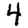
Digit: 4